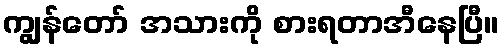
ကျွန်တော် အသားကို စားရတာအီနေပြီ။